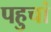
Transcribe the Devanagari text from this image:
पहुचां